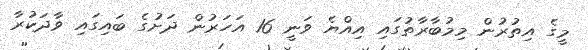
މީގެ އިތުރުން މިމުބާރާތުގައި އިއްޔެ ވަނީ 16 އަހަރުން ދަށުގެ ބައިގައި ވާދަކުރާ